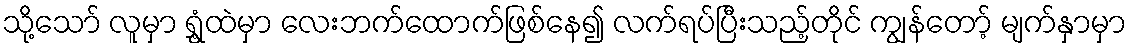
သို့သော် လူမှာ ရွှံ့ထဲမှာ လေးဘက်ထောက်ဖြစ်နေ၍ လက်ရပ်ပြီးသည့်တိုင် ကျွန်တော့် မျက်နှာမှာ